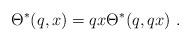
LaTeX: \begin{align*}\Theta ^*(q,x)=qx\Theta ^*(q,qx)~.\end{align*}